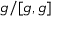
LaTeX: { \mathfrak { g } } / [ { \mathfrak { g } } , { \mathfrak { g } } ]